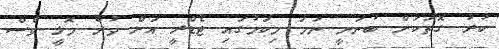
ކުރު ގޮތަކަށް ބުނަނީ ނަމަ މިކަމުގައި ޓެޑްރީ އަށް ވުރެ މޮޅީ ވެސް